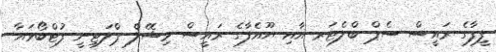
ފީފާގެ ރައީސް ސެޕް ބްލެޓަރ އާއި ޔޫއެފާގެ ރައީސް މިޝޭލް ޕްލަޓިނީ ފުޓްބޯޅައާ